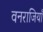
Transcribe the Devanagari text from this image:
वनराजियाँ